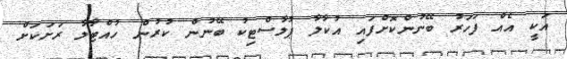
އަކީ އެއް ފަހަރު ބޭނުންކޮށްފައި އުކާލާ ޕުލާސްޓިކު ބޭނުން ކުރުން ހުއްޓާލާ ރަށަކަށް